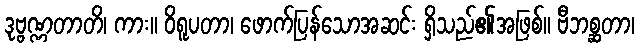
ဒုဗ္ဗဏ္ဏတာတိ၊ ကား။ ဝိရူပတာ၊ ဖောက်ပြန်သောအဆင်း ရှိသည်၏အဖြစ်။ ဗီဘစ္ဆတာ၊